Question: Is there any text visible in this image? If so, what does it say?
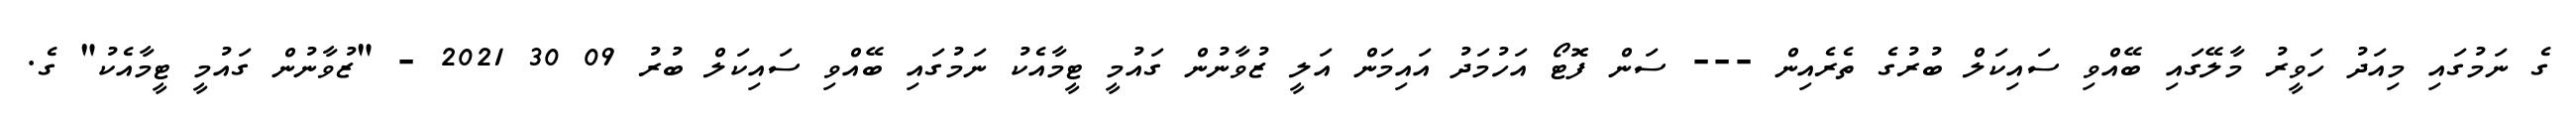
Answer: ގެ ނަމުގައި މިއަދު ހަވީރު މާލޭގައި ބޭއްވި ސައިކަލް ބުރުގެ ތެރެއިން --- ސަން ފޮޓޯ އަހުމަދު އައިމަން އަލީ ޒުވާނުން ގައުމީ ޓީމާއެކު ނަމުގައި ބޭއްވި ސައިކަލް ބުރު 09 30 2021 - "ޒުވާނުން ގައުމީ ޓީމާއެކު" ގެ.